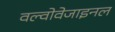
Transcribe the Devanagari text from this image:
वल्वोवेजाइनल